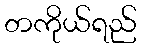
တကိုယ်ရည်